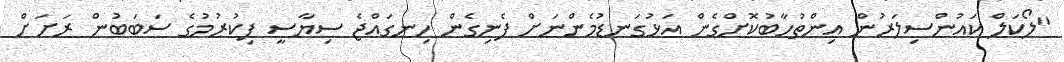
"ލޯކަލް ކައުންސިލަރުން އިންތުހާބުކޮށްގެން އަޅުގަނޑުމެންނަށް ފެނިގެން ހިނގައްޖެ ސިޔާސީ ފިކުރުމުގެ ސަބަބުން ރަށަށް